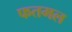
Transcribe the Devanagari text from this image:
फतमल